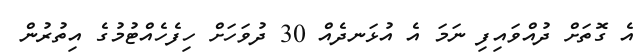
އެ ގޮތަށް ދުއްވައިފި ނަމަ އެ އުޅަނދެއް 30 ދުވަހަށް ހިފެހެއްޓުމުގެ އިތުރުން